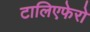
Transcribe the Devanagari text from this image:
टालिएफेरो